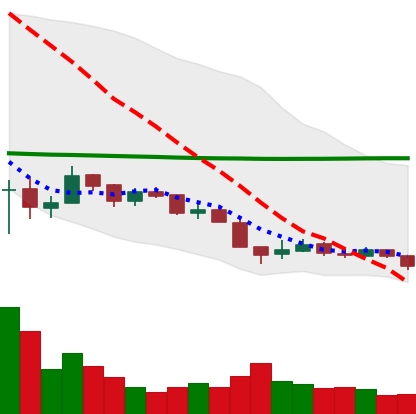
Ticker: XRP-USD
Chart end date: 2018-12-14
Forward return: 21.873%
Label: up_7plus